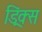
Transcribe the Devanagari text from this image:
ड्रिंक्‍स